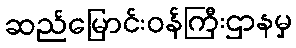
ဆည်မြောင်းဝန်ကြီးဌာနမှ